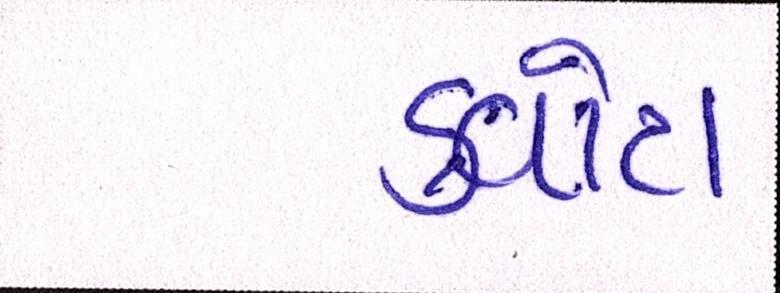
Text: ક્વોટા